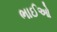
ભાઈઓ